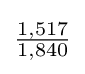
{\tfrac {1,517}{1,840}}